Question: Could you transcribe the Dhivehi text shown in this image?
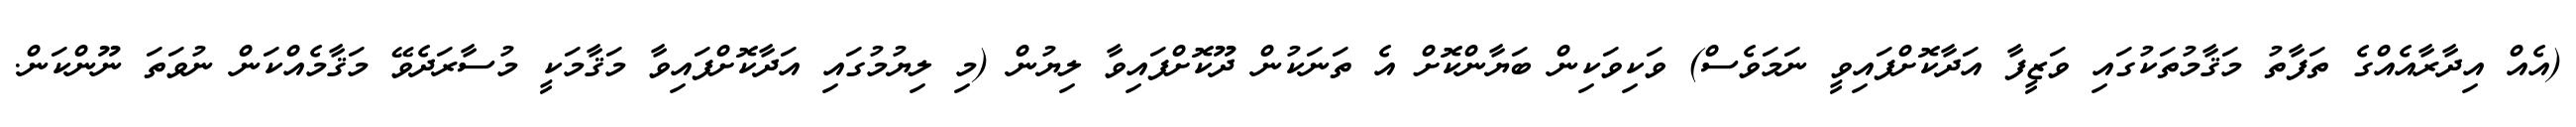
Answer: (އެއް އިދާރާއެއްގެ ތަފާތު މަޤާމުތަކުގައި ވަޒީފާ އަދާކޮށްފައިވީ ނަމަވެސް) ވަކިވަކިން ބަޔާންކޮށް އެ ތަނަކުން ދޫކޮށްފައިވާ ލިޔުން (މި ލިޔުމުގައި އަދާކޮށްފައިވާ މަޤާމަކީ މުސާރަދެވޭ މަޤާމެއްކަން ނުވަތަ ނޫންކަން.